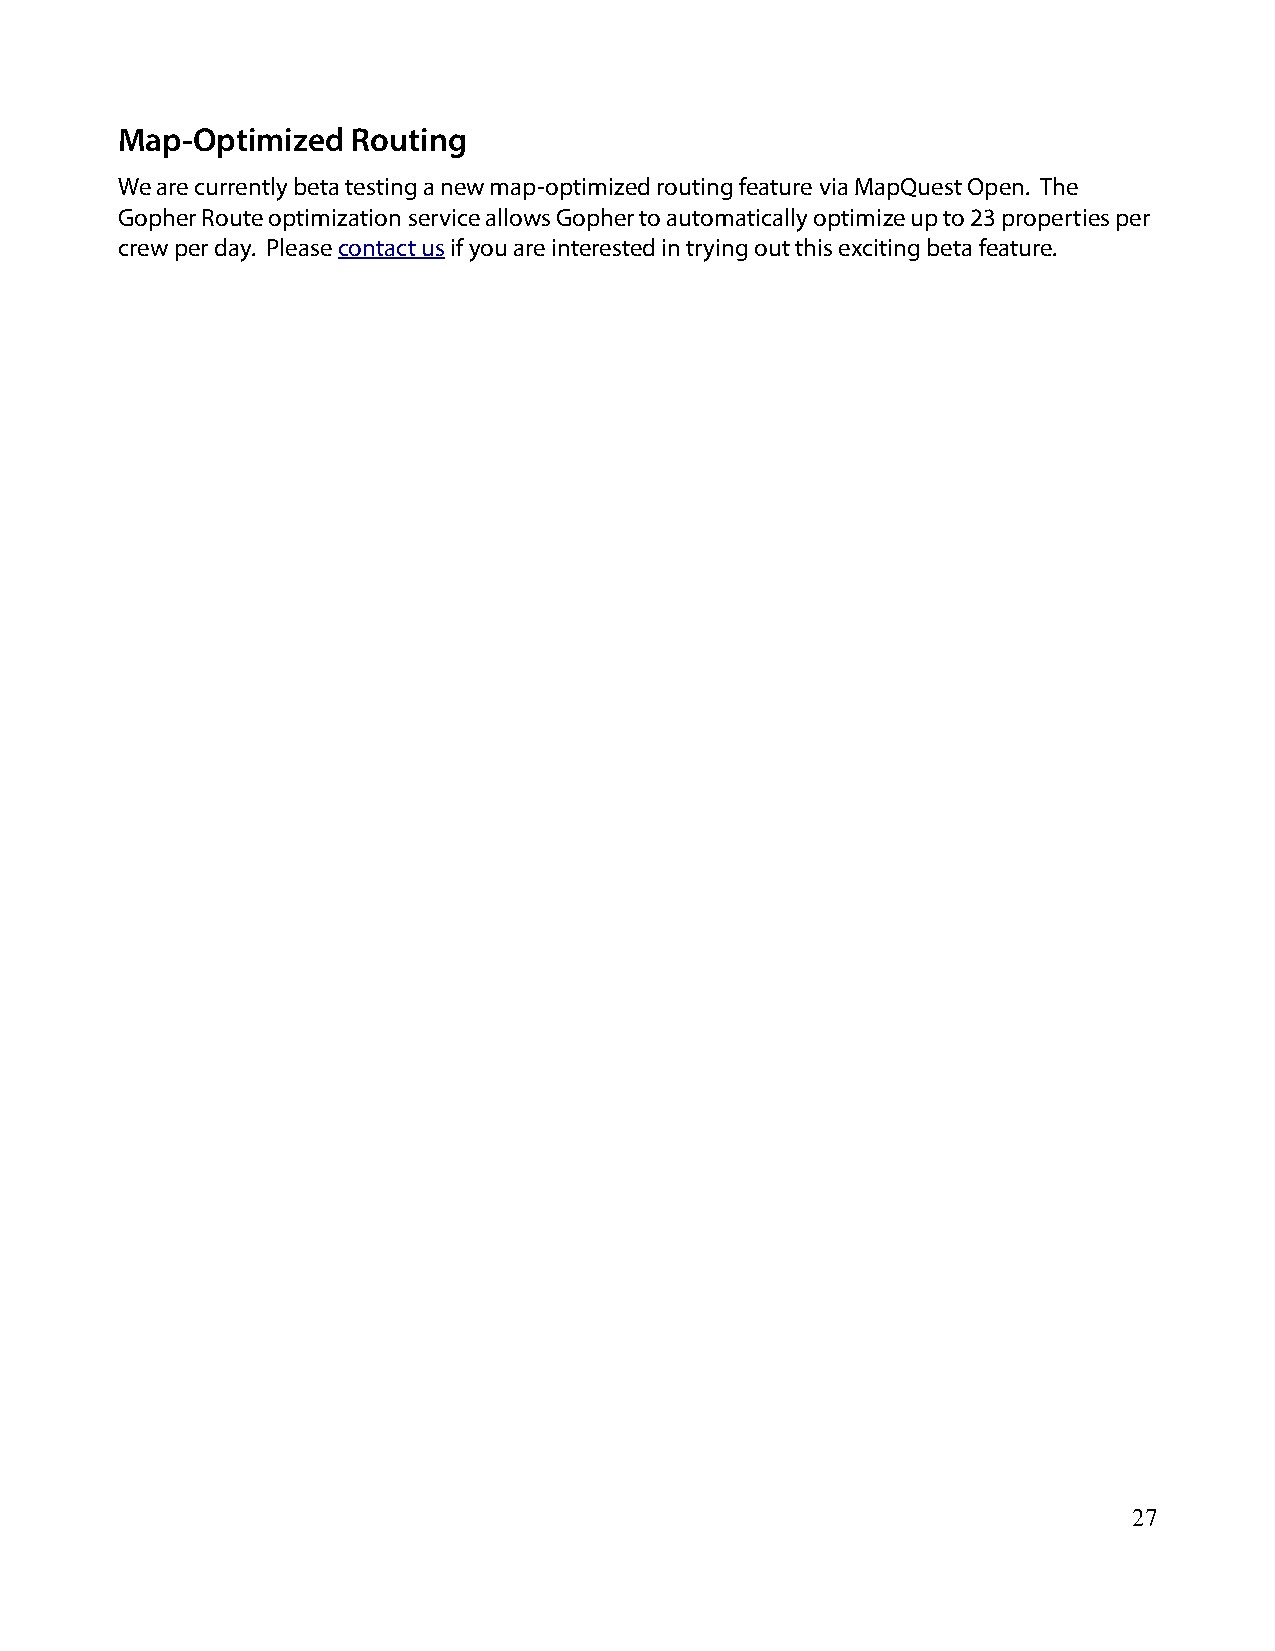
Map-Optimized  Routing
 We are currently beta testing a new map-optimized routing feature via MapQuest Open. The
 Gopher Route optimization service allows Gopher to automatically optimize up to 23 properties per
 crew per day. Please contact us if you are interested in trying out this exciting beta feature.
 27